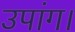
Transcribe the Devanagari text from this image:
उपांग।